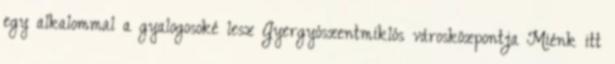
egy alkalommal a gyalogosoké lesz Gyergyószentmiklós városközpontja Miénk itt